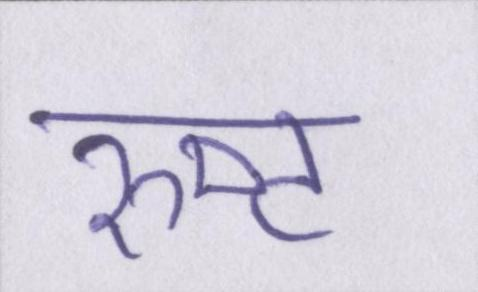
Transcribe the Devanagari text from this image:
रुष्ट